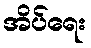
အိပ်ရေး